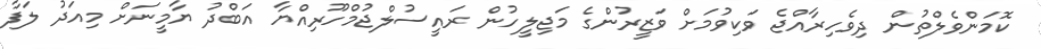
ކޮމަންވެލްތުން ދިވެހިރާއްޖެ ވަކިވުމަށް ވަޒީރުންގެ މަޖިލީހުން ރައީސުލްޖުމްހޫރިއްޔާ އަބްދު ޔާމީނަށް މިއަދު ލަފާ